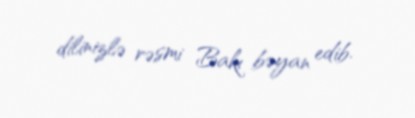
dilinizlə rəsmi Bakı bəyan edib.